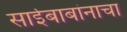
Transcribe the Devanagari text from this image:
साईबाबांनाचा